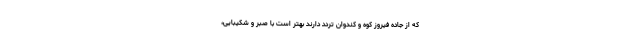
که از جاده فیروز کوه و کندوان تردد دارند بهتر است با صبر و شکیبایی،